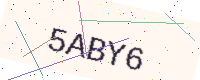
Text: 5ABY6